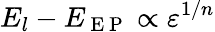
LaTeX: E_{l}-E_{\mathrm{~E~P~}}\propto\varepsilon^{1/n}